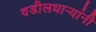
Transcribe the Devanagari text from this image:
वडीलधार्‍यांनी